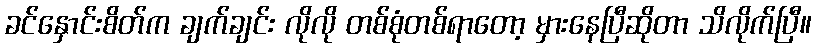
ခင်နှောင်းစိတ်က ချက်ချင်း လိုလို တစ်စုံတစ်ရာတော့ မှားနေပြီဆိုတာ သိလိုက်ပြီ။